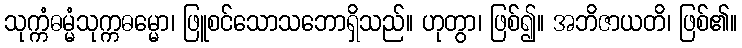
သုက္ကံဓမ္မံသုက္ကဓမ္မော၊ ဖြူစင်သောသဘောရှိသည်။ ဟုတွာ၊ ဖြစ်၍။ အဘိဇာယတိ၊ ဖြစ်၏။